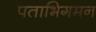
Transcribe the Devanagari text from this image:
पताभिगमन